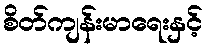
စိတ်ကျန်းမာရေးနှင့်